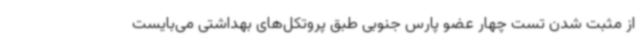
از مثبت شدن تست چهار عضو پارس جنوبی طبق پروتکل‌های بهداشتی می‌بایست